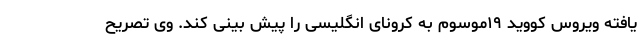
یافته ویروس کووید ۱۹موسوم به کرونای انگلیسی را پیش بینی کند. وی تصریح